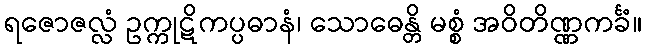
ရဇောဇလ္လံ ဥက္ကုဋိကပ္ပဓာနံ၊ သောဓေန္တိ မစ္စံ အဝိတိဏ္ဏကင်္ခံ။